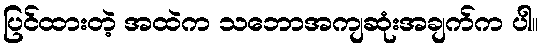
ပြင်ထားတဲ့ အထဲက သဘောအကျဆုံးအချက်က ပါ။